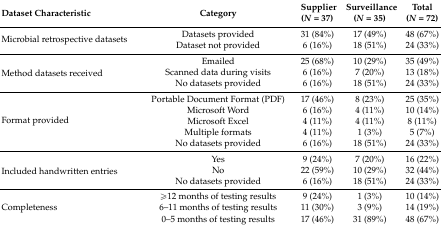
<table><thead><tr><td><b>Dataset Characteristic</b></td><td><b>Category</b></td><td><b>Supplier (<i>N</i> = 37)</b></td><td><b>Surveillance (<i>N</i> = 35)</b></td><td><b>Total (<i>N</i> = 72)</b></td></tr></thead><tbody><tr><td rowspan="2">Microbial retrospective datasets</td><td>Datasets provided</td><td>31 (84%) </td><td>17 (49%) </td><td>48 (67%) </td></tr><tr><td>Dataset not provided</td><td>6 (16%)</td><td>18 (51%)</td><td>24 (33%)</td></tr><tr><td rowspan="3">Method datasets received</td><td>Emailed</td><td>25 (68%) </td><td>10 (29%) </td><td>35 (49%) </td></tr><tr><td>Scanned data during visits</td><td>6 (16%)</td><td>7 (20%)</td><td>13 (18%)</td></tr><tr><td>No datasets provided</td><td>6 (16%)</td><td>18 (51%)</td><td>24 (33%)</td></tr><tr><td rowspan="5">Format provided</td><td>Portable Document Format (PDF)</td><td>17 (46%) </td><td>8 (23%) </td><td>25 (35%) </td></tr><tr><td>Microsoft Word</td><td>6 (16%)</td><td>4 (11%)</td><td>10 (14%)</td></tr><tr><td>Microsoft Excel</td><td>4 (11%)</td><td>4 (11%)</td><td>8 (11%)</td></tr><tr><td>Multiple formats</td><td>4 (11%)</td><td>1 (3%)</td><td>5 (7%)</td></tr><tr><td>No datasets provided</td><td>6 (16%)</td><td>18 (51%)</td><td>24 (33%)</td></tr><tr><td rowspan="3">Included handwritten entries</td><td>Yes</td><td>9 (24%) </td><td>7 (20%) </td><td>16 (22%) </td></tr><tr><td>No</td><td>22 (59%)</td><td>10 (29%)</td><td>32 (44%)</td></tr><tr><td>No datasets provided</td><td>6 (16%)</td><td>18 (51%)</td><td>24 (33%)</td></tr><tr><td rowspan="3">Completeness</td><td>≥12 months of testing results</td><td>9 (24%) </td><td>1 (3%) </td><td>10 (14%) </td></tr><tr><td>6–11 months of testing results</td><td>11 (30%)</td><td>3 (9%)</td><td>14 (19%)</td></tr><tr><td>0–5 months of testing results</td><td>17 (46%)</td><td>31 (89%)</td><td>48 (67%)</td></tr></tbody></table>